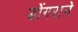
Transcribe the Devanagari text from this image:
डोंगराने